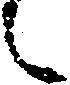
候